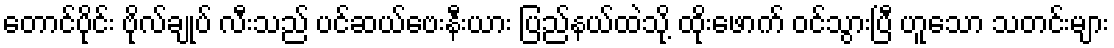
တောင်ပိုင်း ဗိုလ်ချုပ် လီးသည် ပင်ဆယ်ဗေးနီးယား ပြည်နယ်ထဲသို့ ထိုးဖောက် ဝင်သွားပြီ ဟူသော သတင်းများ